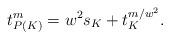
LaTeX: \begin{align*} t^{m}_{P(K)} = w^2 s_{K} + t^{m/w^2}_K.\end{align*}